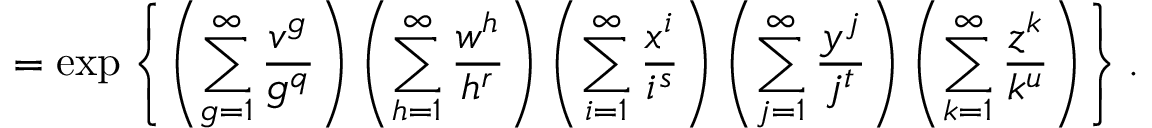
= \exp \left\{ \left( \sum _ { g = 1 } ^ { \infty } \frac { v ^ { g } } { g ^ { q } } \right) \left( \sum _ { h = 1 } ^ { \infty } \frac { w ^ { h } } { h ^ { r } } \right) \left( \sum _ { i = 1 } ^ { \infty } \frac { x ^ { i } } { i ^ { s } } \right) \left( \sum _ { j = 1 } ^ { \infty } \frac { y ^ { j } } { j ^ { t } } \right) \left( \sum _ { k = 1 } ^ { \infty } \frac { z ^ { k } } { k ^ { u } } \right) \right\} .